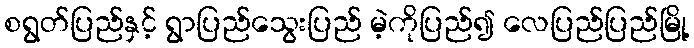
စရွတ်ပြည်နှင့် ရွာပြည်သွေးပြည် မဲ့ကိုပြည်၍ လေပြည်ပြည်မြို့